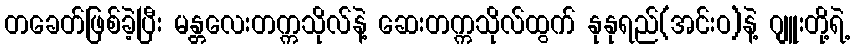
တခေတ်ဖြစ်ခဲ့ပြီး မန္တလေးတက္ကသိုလ်နဲ့ ဆေးတက္ကသိုလ်ထွက် နုနုရည်(အင်းဝ)နဲ့ ဂျူးတို့ရဲ့